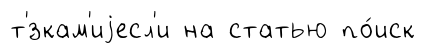
т'́зкам'иjесл'и на статью по́иск